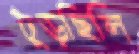
ঢুঁড়ছিলি